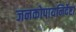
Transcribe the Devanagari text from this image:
जनकोपायनिर्देष्टा